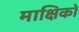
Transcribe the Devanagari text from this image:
माक्षिकों